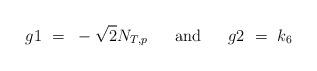
LaTeX: \begin{align*} g1 ~ = ~ -\sqrt{2}N_{T,p}\ \ \ \ \ \mbox{and}\ \ \ \ \ g2 ~ = ~ k_6\end{align*}